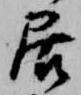
居